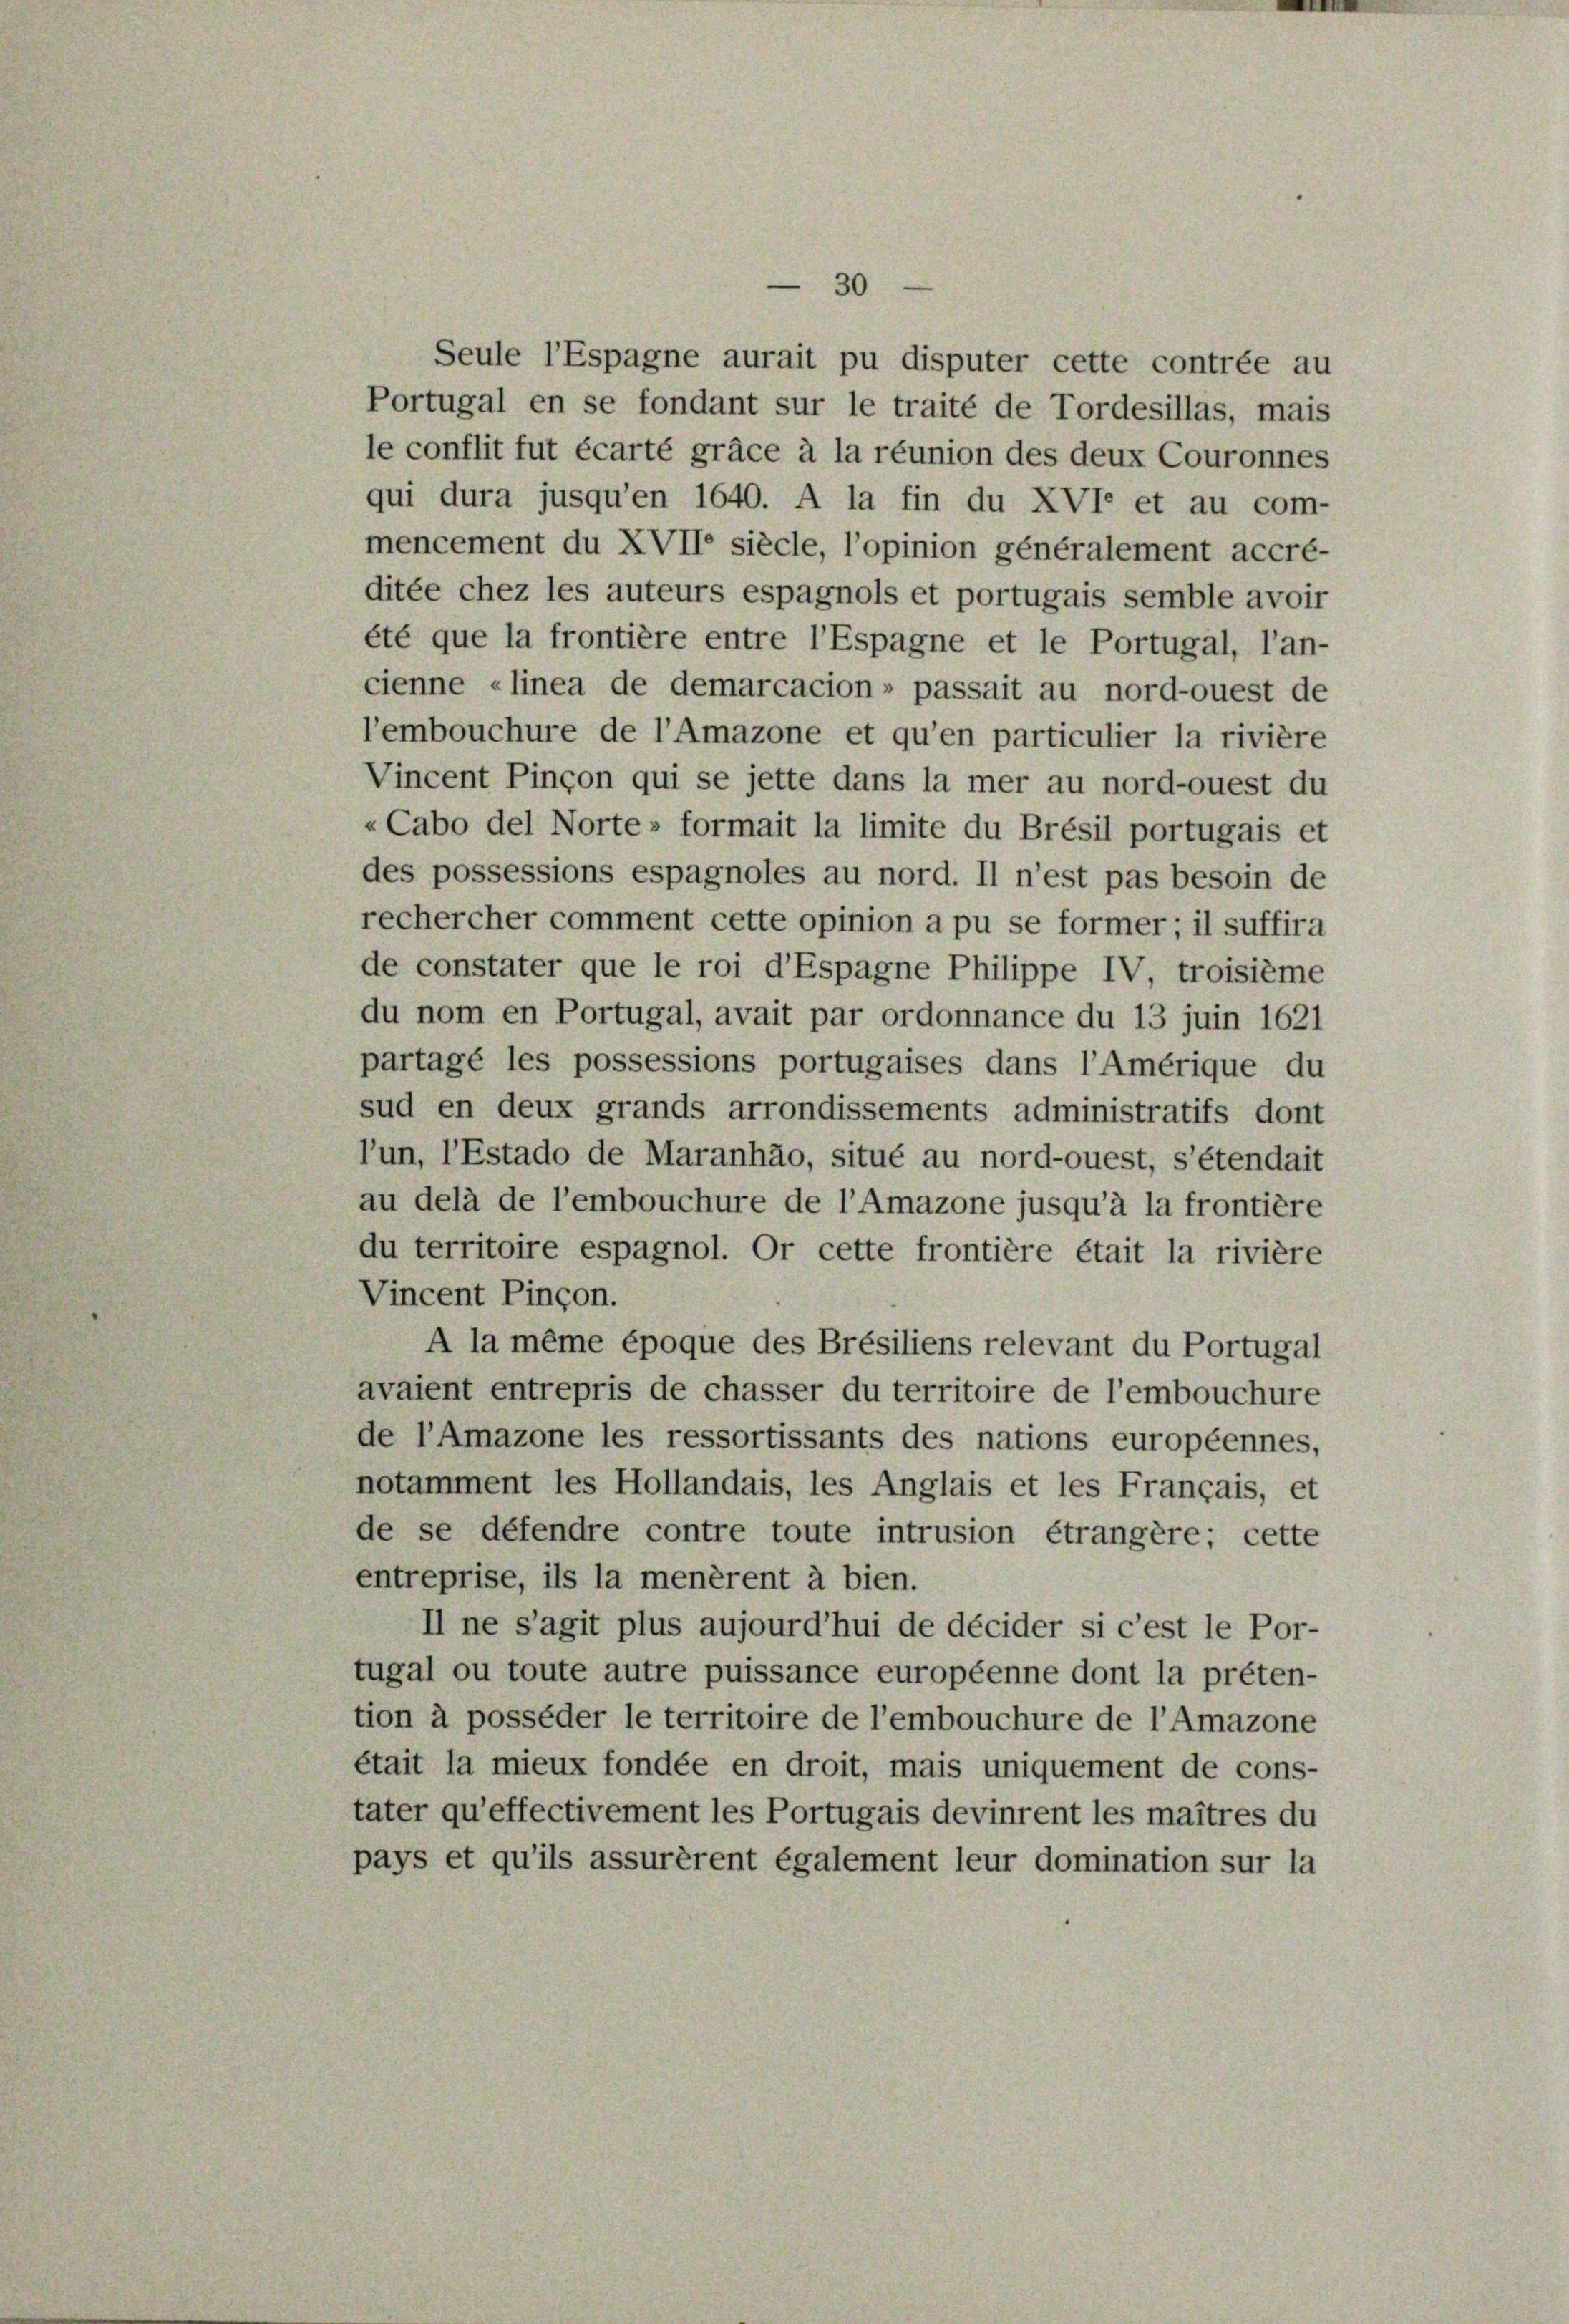
30
Seule l’Espagne aurait pu disputer cette contrée au
Portugal en se fondant sur le traité de Tordesillas, mais
le conflit fut écarté gräce à la réunion des deux Couronnes
qui dura jusqu’en 1640. A la fin du XVIe et au com-
mencement du XVII siècle, l’opinion généralement accré-
ditée chez les auteurs espagnols et portugais semble avoir
été que la frontière entre l’Espagne et le Portugal, l’an-
cienne «linea de demarcacion» passait au nord-ouest de
l’embouchure de l’Amazone et qu’en particulier la rivière
Vincent Pinçon qui se jette dans la mer au nord-ouest du
«Cabo del Norte» formait la limite du Brésil portugais et
des possessions espagnoles au nord. Il n’est pas besoin de
rechercher comment cette opinion a pu se former; il suffira
de constater que le roi d’Espagne Philippe IV, troisième
du nom en Portugal, avait par ordonnance du 13 juin 1621
partagé les possessions portugaises dans l’Amérique du
sud en deux grands arrondissements administratifs dont
lun, l’Estado de Maranhäo, situé au nord-ouest, s’étendait
au delà de l’embouchure de l’Amazone jusqu’à la frontière
du territoire espagnol. Or cette frontière était la rivière
Vincent Pinçon.
A la même époque des Brésiliens relevant du Portugal
avaient entrepris de chasser du territoire de l’embouchure
de l’Amazone les ressortissants des nations européennes,
notamment les Hollandais, les Anglais et les Français, et
de se défendre contre toute intrusion étrangère; cette
entreprise, ils la menèrent à bien.
Il ne s’agit plus aujourd’hui de décider si c’est le Por-
tugal ou toute autre puissance européenne dont la préten-
tion à posséder le territoire de l’embouchure de l’Amazone
était la mieux fondée en droit, mais uniquement de cons-
tater qu’effectivement les Portugais devinrent les maîtres du
pays et qu’ils assurèrent également leur domination sur la